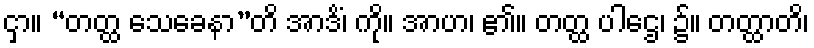
ငှာ။ “တတ္ထ သေခေနာ”တိ အာဒိံ၊ ကို။ အာဟ၊ ၏။ တတ္ထ ပါဌေ၊ ၌။ တတ္ထာတိ၊